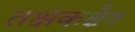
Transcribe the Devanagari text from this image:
तक्षकश्चैव